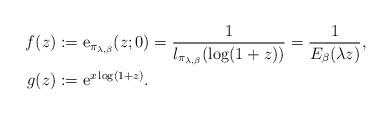
LaTeX: \begin{align*}f(z) & :=\mathrm{e}_{\pi_{\lambda,\beta}}(z;0)=\frac{1}{l_{\pi_{\lambda,\beta}}(\log(1+z))}=\frac{1}{E_{\beta}(\lambda z)},\\g(z) & :=\mathrm{\mathrm{e}}^{x\log(1+z)}.\end{align*}